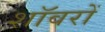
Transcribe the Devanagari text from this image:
शॉवरों